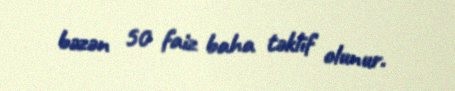
bəzən 50 faiz baha təklif olunur.